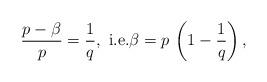
LaTeX: \begin{align*}\frac{p-\beta}{p}=\frac{1}{q},\mbox{ i.e.}\beta=p\,\left(1-\frac{1}{q}\right),\end{align*}